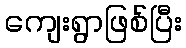
ကျေးရွာဖြစ်ပြီး